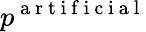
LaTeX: p^{\mathrm{~a~r~t~i~f~i~c~i~a~l~}}